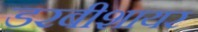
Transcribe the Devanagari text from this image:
डरबीशायर